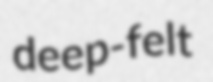
deep-felt